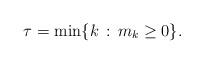
LaTeX: \begin{align*} \tau = \min \{ k \,:\, m_k \geq 0 \}. \end{align*}